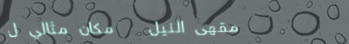
مقهى النيل   مكان مثالي ل